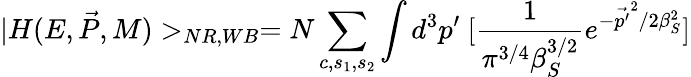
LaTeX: |H(E,\vec{P},M)>_{NR,WB}=N\sum_{c,s_{1},s_{2}}\int d^{3}p^{\prime}\ [\frac{1}{\pi^{3/4}\beta_{S}^{3/2}}e^{-\vec{p^{\prime}}^{2}/2\beta_{S}^{2}}]